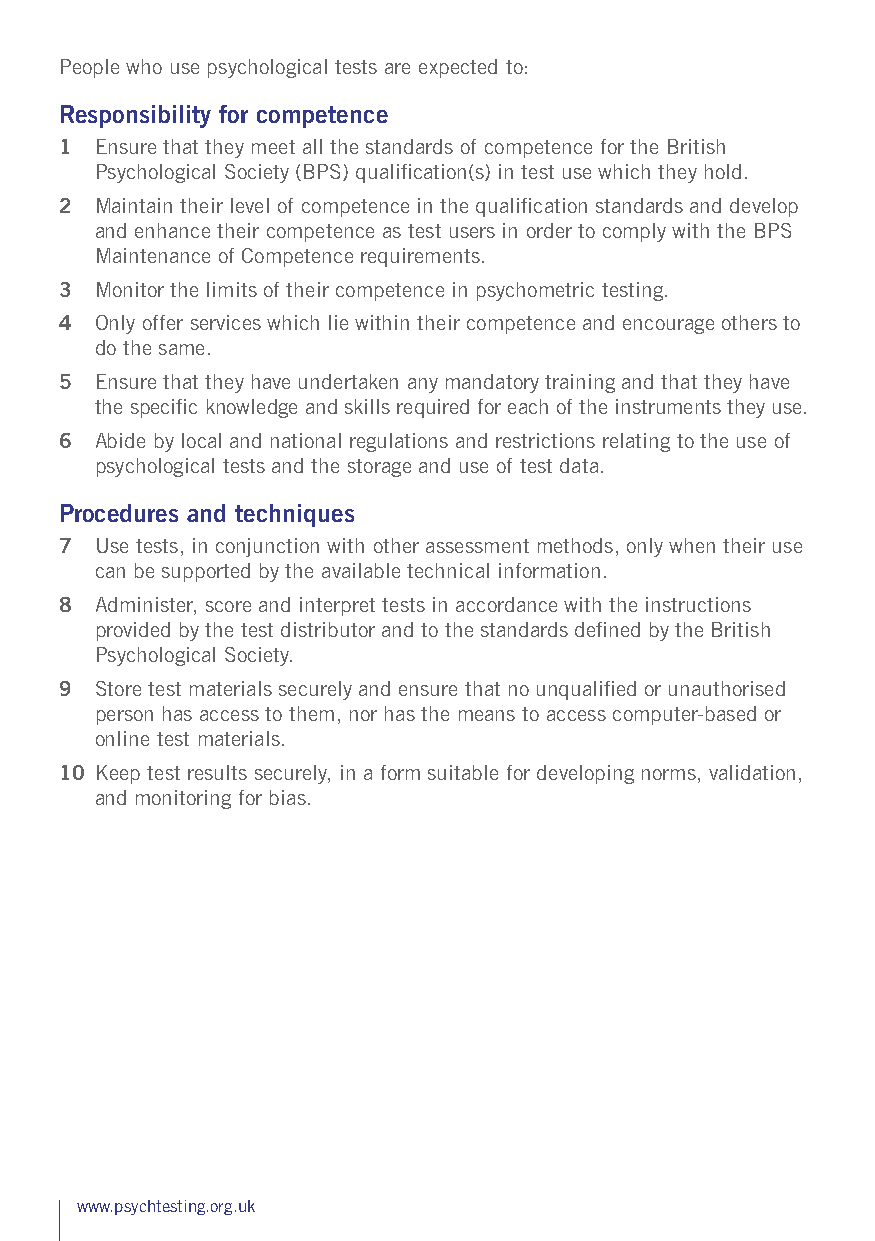
People who use psychological tests are expected to:
 Responsibility for competence
 1 Ensure that they meet all the standards of competence for the British
 Psychological Society (BPS) qualification(s) in test use which they hold.
 2 Maintain their level of competence in the qualification standards and develop
 and enhance their competence as test users in order to comply with the BPS
 Maintenance of Competence requirements.
 3 Monitor the limits of their competence in psychometric testing.
 4 Only offer services which lie within their competence and encourage others to
 do the same.
 5 Ensure that they have undertaken any mandatory training and that they have
 the specific knowledge and skills required for each of the instruments they use.
 6 Abide by local and national regulations and restrictions relating to the use of
 psychological tests and the storage and use of test data.
 Procedures and techniques
 7 Use tests, in conjunction with other assessment methods, only when their use
 can be supported by the available technical information.
 8 Administer, score and interpret tests in accordance with the instructions
 provided by the test distributor and to the standards defined by the British
 Psychological Society.
 9 Store test materials securely and ensure that no unqualified or unauthorised
 person has access to them, nor has the means to access computer-based or
 online test materials.
 10 Keep test results securely, in a form suitable for developing norms, validation,
 and monitoring for bias.
 www.psychtesting.org.uk